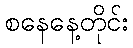
စနေနေ့တိုင်း